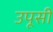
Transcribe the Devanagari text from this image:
उपूसी